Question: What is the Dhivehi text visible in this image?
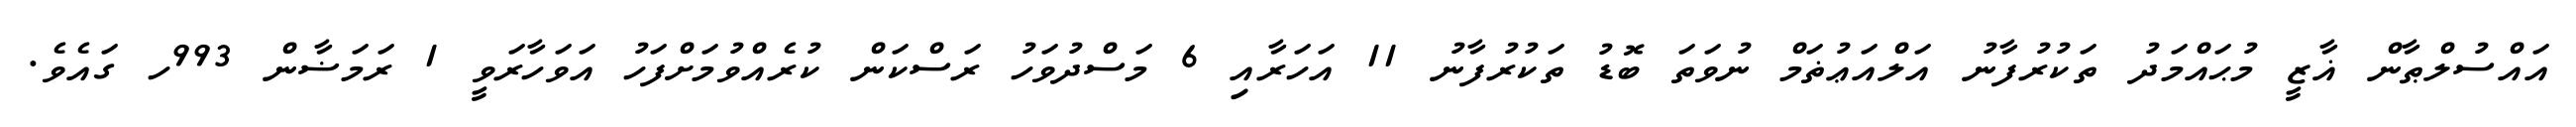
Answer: އައްސުލްޠާން ޣާޒީ މުޙައްމަދު ތަކުރުފާނު އަލްއަޢުޡަމް ނުވަތަ ބޮޑު ތަކުރުފާނު 11 އަހަރާއި 6 މަސްދުވަހު ރަސްކަން ކުރެއްވުމަށްފަހު އަވަހާރަވީ 1 ރަމަޟާން 993ހ ގައެވެ.